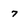
Character: 7